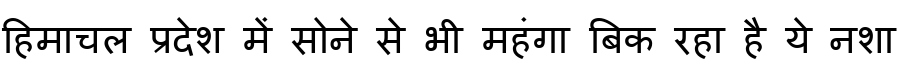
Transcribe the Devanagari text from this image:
हिमाचल प्रदेश में सोने से भी महंगा बिक रहा है ये नशा